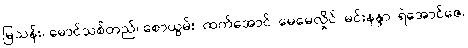
မြသန်း၊ မောင်သစ်တည်၊ စောယွမ်း၊ ထက်အောင်၊ မေမေလှိုင်၊ မင်းနန္ဒာ၊ ရဲအောင်ဇေ၊